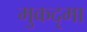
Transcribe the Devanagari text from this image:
मुकदृमा